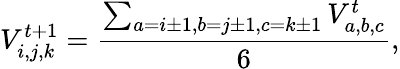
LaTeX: V_{i,j,k}^{t+1}=\frac{\sum_{a=i\pm 1,b=j\pm 1,c=k\pm 1}V_{a,b,c}^{t}}{6},